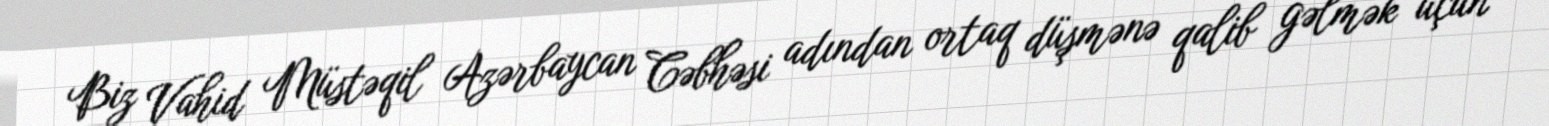
Biz Vahid Müstəqil Azərbaycan Cəbhəsi adından ortaq düşmənə qalib gəlmək üçün